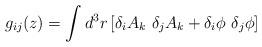
LaTeX: \begin{align*}g_{ij}(z) = \int d^3r \left[ \delta_i A_k \,\,\delta_j A_k + \delta_i \phi \,\, \delta_j \phi \right] \end{align*}